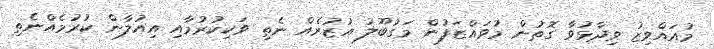
މުއައްވިޒު ވިދާޅުވާ ގޮތުން މުވައްޒަފުން މަގުބޫލު އުޒުރެއް ނެތި ވަކިކުރުމާއި އިއުލާން ކުރުމެއްނެތި